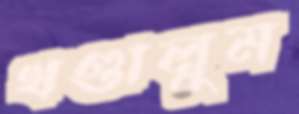
খণ্ডালুম